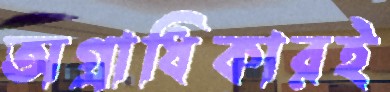
অগ্রাধিকারই